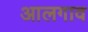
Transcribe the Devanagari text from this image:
आलगाव